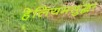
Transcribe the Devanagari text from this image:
हेलियमसुद्धा